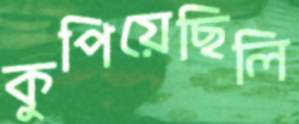
কুপিয়েছিলি